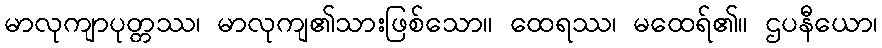
မာလုကျာပုတ္တဿ၊ မာလုကျ၏သားဖြစ်သော။ ထေရဿ၊ မထေရ်၏။ ဌပနီယော၊